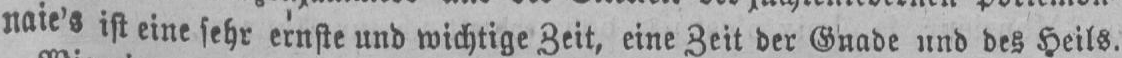
naie’s isteinesehrernste und wichtige Zeit, eine Zeit der Gnade und des Heils.